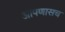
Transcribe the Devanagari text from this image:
आपणासच